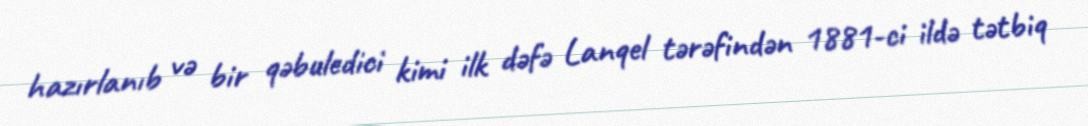
hazırlanıb və bir qəbuledici kimi ilk dəfə Lanqel tərəfindən 1881‐ci ildə tətbiq